Elephants and their diseases
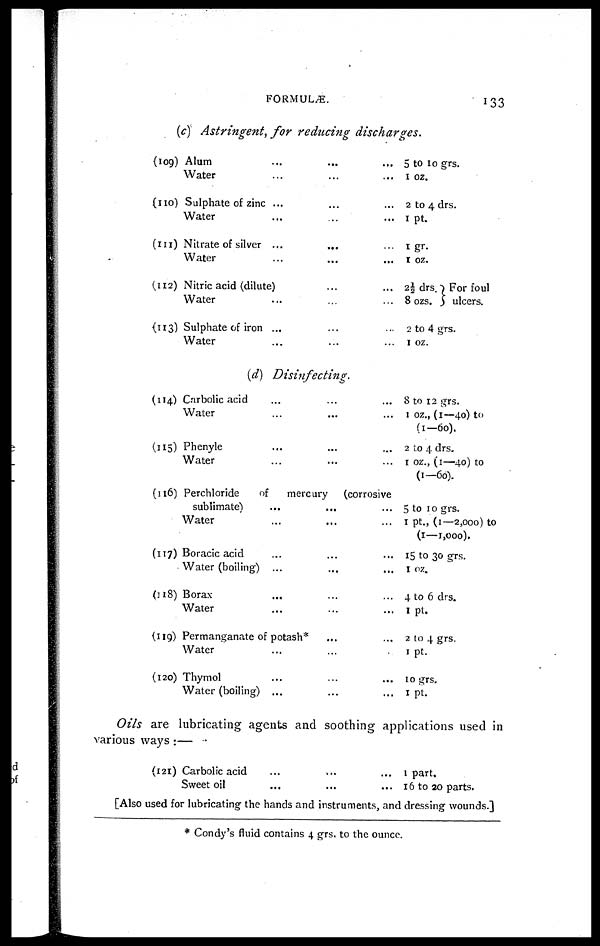
FORMULÆ.
133
(c) Astringent, for reducing
discharges.
(109)
(110)
(111)
(112)
(113)
Alum.........
Water.........
Sulphate of zinc.........
Water........
Nitrate of silver.........
Water.........
Nitric acid (dilute)......
Water.........
Sulphate of iron.........
Water.........
5 to 10 grs.
1 oz.
2 to 4 drs.
1 pt.
1 gr.
1 oz.
2½ drs.
8 ozs.
For foul
ulcers.
2 to 4 grs.
1 oz.
(d)
Disinfecting.
(114)
(115)
(116)
(117)
(118)
(119)
(120)
Carbolic acid.........
Water.........
Phenyle.........
Water.........
Perchloride
of
mercury
(corrosive
sublimate).........
Water.........
Boracic acid.........
Water (boiling)........
Borax.........
Water.........
Permanganate of potash*......
Water.........
Thymol.........
Water (boiling).........
8 to 12 grs.
1 oz., (1—40) to
(1—60).
2 to 4 drs.
1 oz., (1—40) to
(1-66).
5 to 10 grs.
1 pt., (1—2,000) to
(1—1,000).
15 to 30 grs.
1 oz.
4 to 6 drs.
1 pt.
2 to 4 grs.
1 pt.
10 grs.
1 pt.
Oils are lubricating agents and soothing applications used in
various ways :—
(121) Carbolic acid
Sweet oil
...
...
...
...
...
...
1 part.
16 to 20 parts.
[Also used for lubricating the hands and instruments, and dressing wounds.]
* Condy's fluid contains 4 grs. to the ounce.